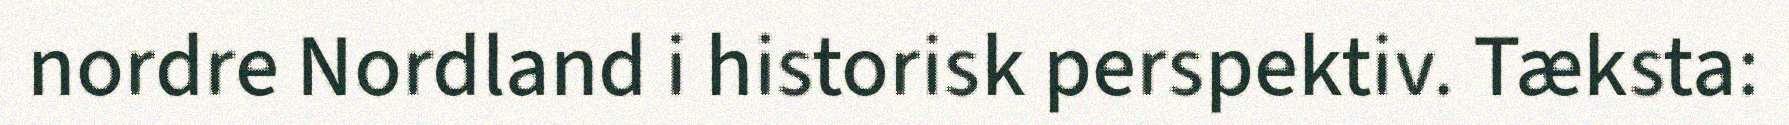
nordre Nordland i historisk perspektiv. Tæksta: